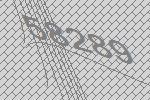
58289